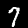
Label: 7